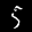
Label: 5